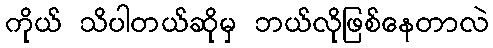
ကိုယ် သိပါတယ်ဆိုမှ ဘယ်လိုဖြစ်နေတာလဲ